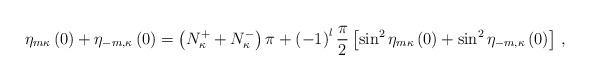
LaTeX: \begin{align*}\eta_{m\kappa}\left(0\right)+\eta_{-m,\kappa}\left(0\right)=\left(N_\kappa^++N_\kappa^-\right)\pi+\left(-1\right)^l\frac{\pi}{2}\left[\sin^2\eta_{m\kappa}\left(0\right)+\sin^2\eta_{-m,\kappa}\left(0\right)\right]\,,\end{align*}